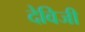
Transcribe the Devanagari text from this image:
देविजी